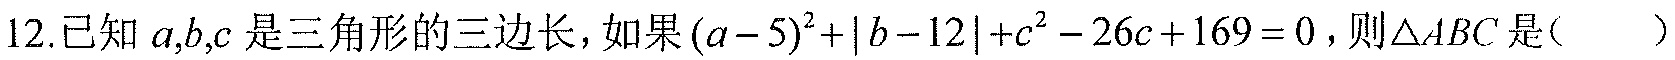
12.已知\(a,b,c\)是三角形的三边长，如果\((a - 5)^{2}+|b - 12|+c^{2}-26c + 169 = 0\)，则\(\triangle ABC\)是( )